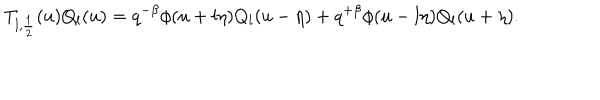
T _ { l , \frac 1 2 } ( u ) Q _ { l } ( u ) = q ^ { - \beta } \phi ( u + l \eta ) Q _ { l } ( u - \eta ) + q ^ { + \beta } \phi ( u - l \eta ) Q _ { l } ( u + \eta ) .